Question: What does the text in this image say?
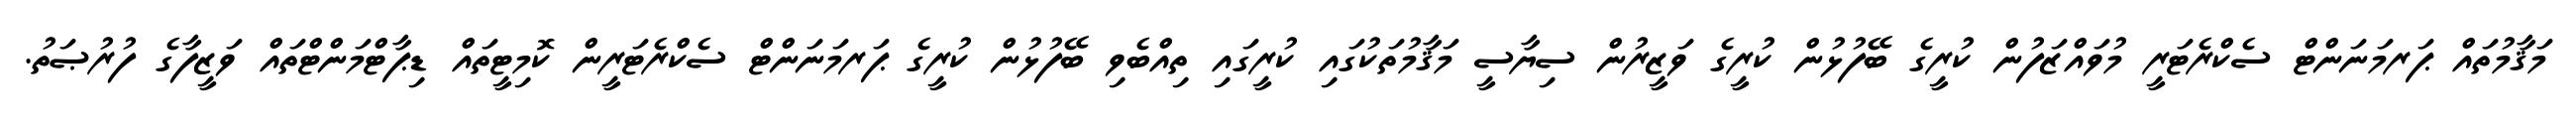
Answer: މަޤާމުތައް ޕަރމަނަންޓް ސެކްރެޓަރީ މުވައްޒަފުން ކުރީގެ ބޭފުޅުން ކުރީގެ ވަޒީރުން ސިޔާސީ މަޤާމުތަކުގައި ކުރީގައި ތިއްބެވި ބޭފުޅުން ކުރީގެ ޕަރމަނަންޓް ސެކްރެޓަރީން ކޮމިޓީތައް ޑިޕާޓްމަންޓްތައް ވަޒީފާގެ ފުރުޞަތު.